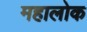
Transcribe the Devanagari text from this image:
महालोक